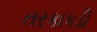
તરકાકડી